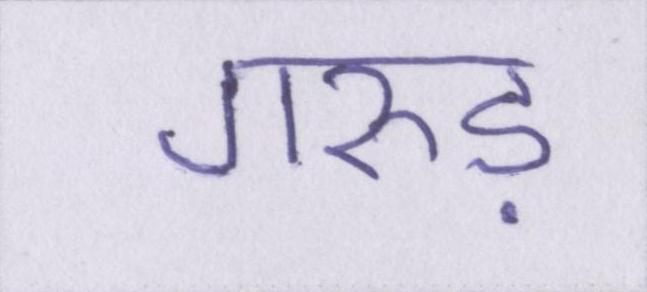
गरुड़